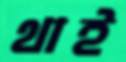
থাই